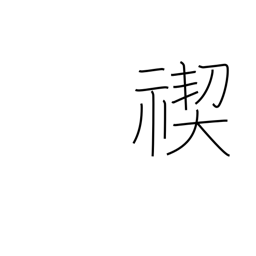
Meaning: Shinto purification ceremony